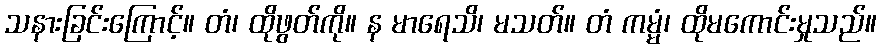
သနားခြင်းကြောင့်။ တံ၊ ထိုဖွတ်ကို။ န မာရေသိ၊ မသတ်။ တံ ကမ္မံ၊ ထိုမကောင်းမှုသည်။